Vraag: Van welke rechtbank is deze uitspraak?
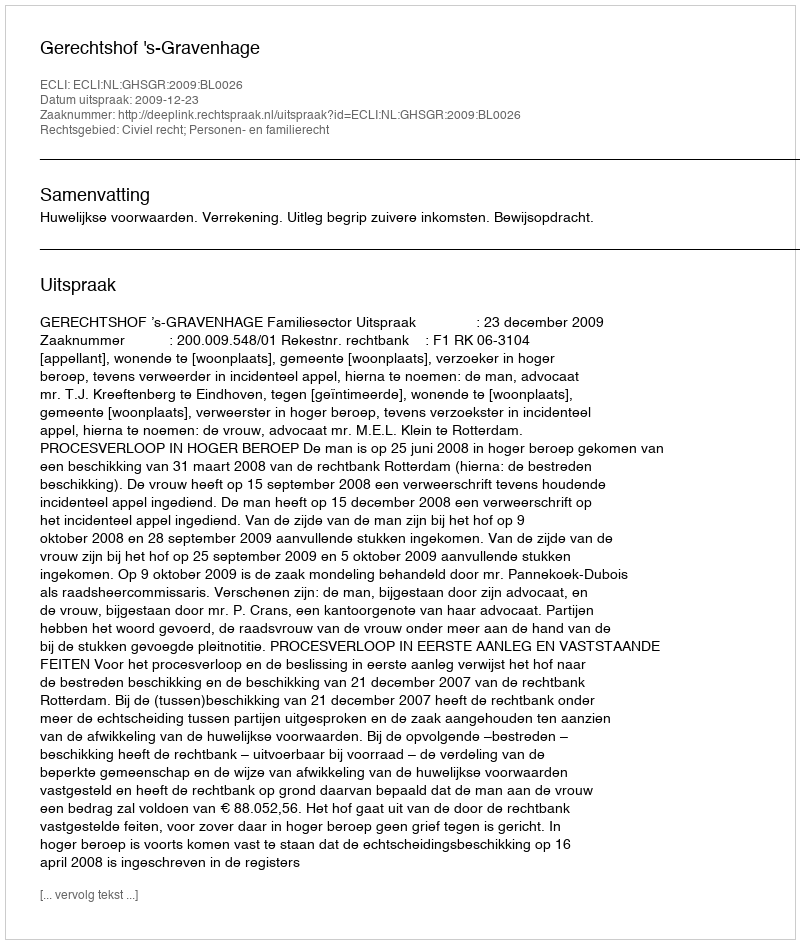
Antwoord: Gerechtshof 's-Gravenhage